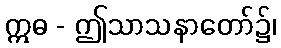
ဣဓ - ဤသာသနာတော်၌၊